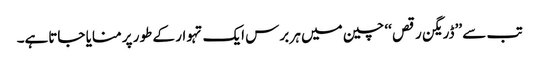
تب سے ’’ڈریگن رقص ‘‘ چین میں ہر برس ایک تہوار کے طور پر منایا جاتاہے۔